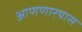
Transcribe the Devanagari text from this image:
आणणार्‍यास